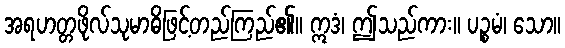
အရဟတ္တဖိုလ်သုမာဓိဖြင့်တည်ကြည်၏။ ဣဒံ၊ ဤသည်ကား။ ပဉ္စမံ၊ သော။